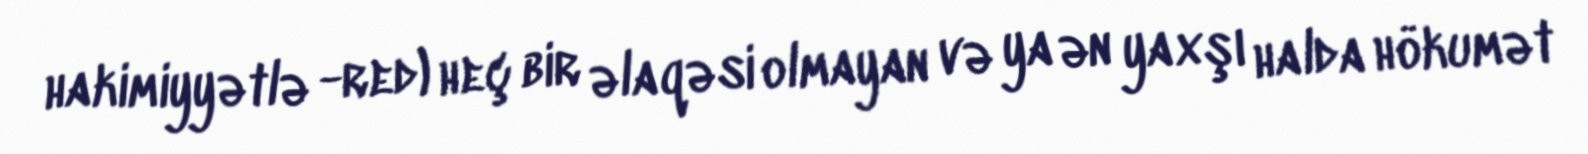
hakimiyyətlə -red) heç bir əlaqəsi olmayan və ya ən yaxşı halda hökumət